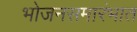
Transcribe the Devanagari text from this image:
भोजनसमारंभात